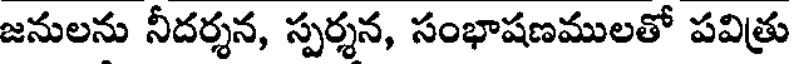
జనులను నీదర్శన, స్పర్శన, సంభాషణములతో పవిత్రు